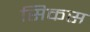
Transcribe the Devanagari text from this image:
सिकस